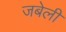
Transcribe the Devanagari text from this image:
जबेली